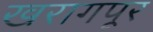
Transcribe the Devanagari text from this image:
खरागपूर